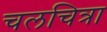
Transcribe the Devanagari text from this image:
चलचित्रा